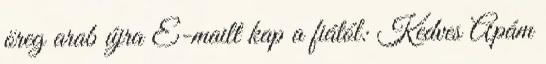
öreg arab újra E-mailt kap a fiától: Kedves Apám